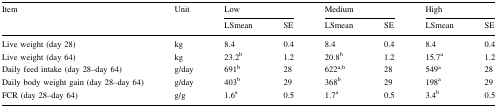
<table><thead><tr><td rowspan="2"><b>Item</b></td><td rowspan="2"><b>Unit</b></td><td colspan="2"><b>Low</b></td><td colspan="2"><b>Medium</b></td><td colspan="2"><b>High</b></td></tr><tr><td><b>LSmean</b></td><td><b>SE</b></td><td><b>LSmean</b></td><td><b>SE</b></td><td><b>LSmean</b></td><td><b>SE</b></td></tr></thead><tbody><tr><td>Live weight (day 28)</td><td>kg</td><td>8.4</td><td>0.4</td><td>8.4</td><td>0.4</td><td>8.4</td><td>0.4</td></tr><tr><td>Live weight (day 64)</td><td>kg</td><td>23.2<sup>b</sup></td><td>1.2</td><td>20.8<sup>b</sup></td><td>1.2</td><td>15.7<sup>a</sup></td><td>1.2</td></tr><tr><td>Daily feed intake (day 28–day 64)</td><td>g/day</td><td>691<sup>b</sup></td><td>28</td><td>622<sup>a,b</sup></td><td>28</td><td>549<sup>a</sup></td><td>28</td></tr><tr><td>Daily body weight gain (day 28–day 64)</td><td>g/day</td><td>403<sup>b</sup></td><td>29</td><td>368<sup>b</sup></td><td>29</td><td>198<sup>a</sup></td><td>29</td></tr><tr><td>FCR (day 28–day 64)</td><td>g/g</td><td>1.6<sup>a</sup></td><td>0.5</td><td>1.7<sup>a</sup></td><td>0.5</td><td>3.4<sup>b</sup></td><td>0.5</td></tr></tbody></table>